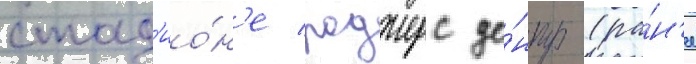
стад'ио́н'е роджерс це́нтр (ра́н'ее